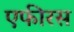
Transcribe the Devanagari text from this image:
एफीरस